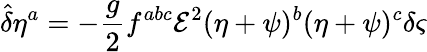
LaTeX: {\hat{\delta}}\eta^{a}=-\frac{g}{2}f^{abc}{\mathcal{E}}^{2}(\eta+\psi)^{b}(\eta+\psi)^{c}\delta\varsigma